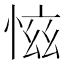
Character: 𢜚